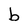
Character: b